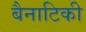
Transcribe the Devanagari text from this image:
बैनाटिकी